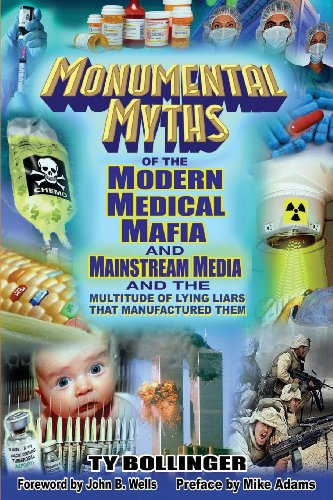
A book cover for Monumental Myths of the Modern Medical Mafia and Mainstream Media and the Multitude of Lying Liars That Manufactured Them; Ty M. Bollinger; Medical Books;